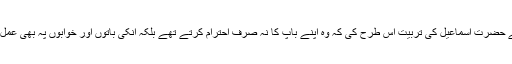
پھر انہوں نے حضرت اسماعیل کی تربیت اس طرح کی کہ وہ اپنے باپ کا نہ صرف احترام کرتے تھے بلکہ انکی باتوں اور خوابوں پہ بھی عمل کرتے تھے۔